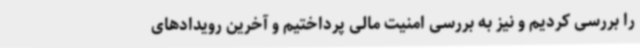
را بررسی کردیم و نیز به بررسی امنیت مالی پرداختیم و آخرین رویدادهای